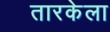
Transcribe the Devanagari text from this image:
तारकेला